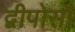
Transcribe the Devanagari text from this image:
द्वीपोसौ